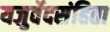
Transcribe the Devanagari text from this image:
यजुर्वेदसंहिता